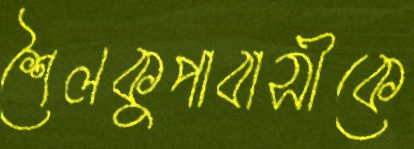
শৈলকুপাবাসীকে